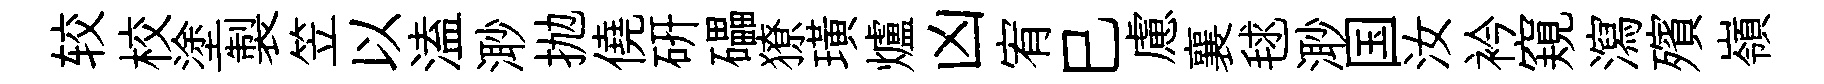
较校塗製笠以溘𣺌抛僥研礧獠璜爐凶宥巳慮襄毬𣺌国汝衿窺瀉殯嶺